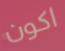
اكون